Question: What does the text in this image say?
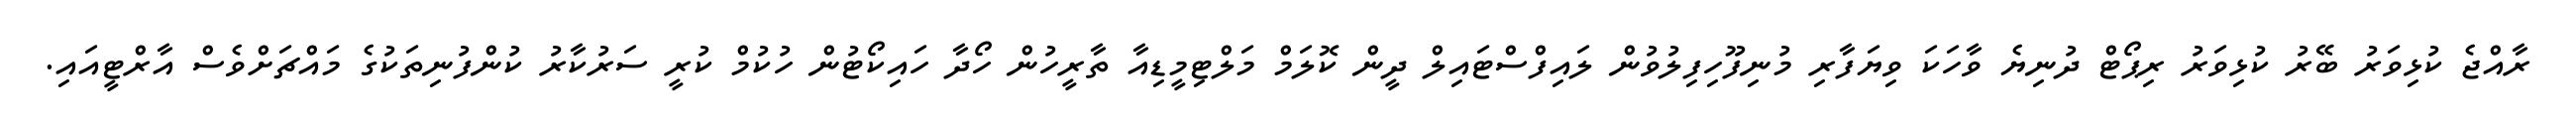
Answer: ރާއްޖެ ކުޅިވަރު ބޭރު ކުޅިވަރު ރިޕޯޓް ދުނިޔެ ވާހަކަ ވިޔަފާރި މުނިފޫހިފިލުވުން ލައިފްސްޓައިލް ދީން ކޮލަމް މަލްޓިމީޑިއާ ތާރީހުން ހޯދާ ހައިކޯޓުން ހުކުމް ކުރީ ސަރުކާރު ކުންފުނިތަކުގެ މައްޗަށްވެސް އާރްޓީއައި.